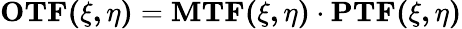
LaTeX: \mathbf{OTF(\xi,\eta)}=\mathbf{MTF(\xi,\eta)}\cdot\mathbf{PTF(\xi,\eta)}